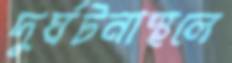
দুর্ঘটনাস্থলে